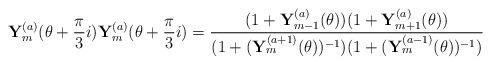
LaTeX: \begin{align*}{\bf Y}^{(a)}_m(\theta+\frac{\pi}{3}i ) {\bf Y}^{(a)}_m(\theta+\frac{\pi}{3}i )=\frac{ (1+{\bf Y}^{(a)}_{m-1}(\theta))(1+{\bf Y}^{(a)}_{m+1}(\theta))}{ (1+({\bf Y}^{(a+1)}_{m}(\theta))^{-1})(1+({\bf Y}^{(a-1)}_{m}(\theta))^{-1}) } \end{align*}